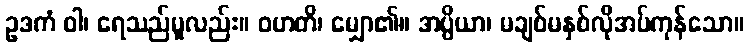
ဥဒကံ ဝါ၊ ရေသည်မူလည်း။ ဝဟတိ၊ မျှော၏။ အပ္ပိယာ၊ မချစ်မနှစ်လိုအပ်ကုန်သော။